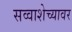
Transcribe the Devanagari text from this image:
सव्वाशेच्यावर